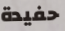
حفيدة